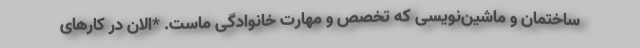
ساختمان و ماشین‌نویسی که تخصص و مهارت خانوادگی ماست. *الان در کارهای